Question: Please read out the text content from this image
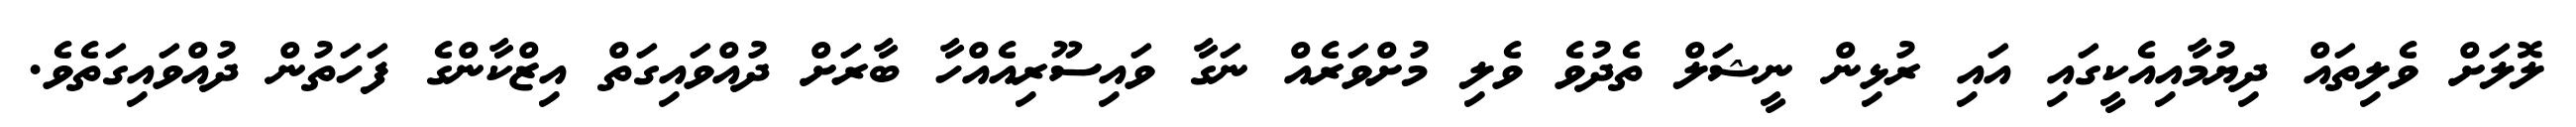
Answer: ލޮލަށް ވެލިތައް ދިޔުމާއިއެކީގައި އައި ރުޅިން ނީޝަލް ތެދުވެ ވެލި މުށްވަރެއް ނަގާ ވައިސޫރިއެއްހާ ބާރަށް ދުއްވައިގަތް އިޒްކާންގެ ފަހަތުން ދުއްވައިގަތެވެ.